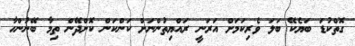
ގޮތްކުޑަ ބަޔެކޭ ބަލަ ވެރިކަމަށް އަރަނީ ރައްޔިތުންނަށް ކަންކަން ކޮށްދޭން ތިމާ ބޭނުންހާ